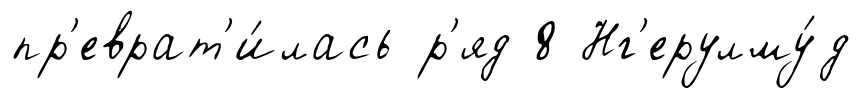
пр'еврат'и́лась р'яд 8 Нг'ерулму́д